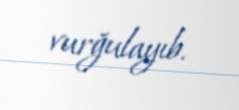
vurğulayıb.